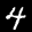
Label: 4